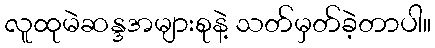
လူထုမဲဆန္ဒအများစုနဲ့ သတ်မှတ်ခဲ့တာပါ။